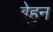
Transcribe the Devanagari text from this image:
बेहुन